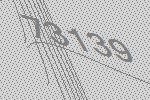
73139